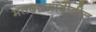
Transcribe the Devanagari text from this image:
मतदारयादीतील